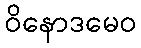
ဝိနောဒမေဝ